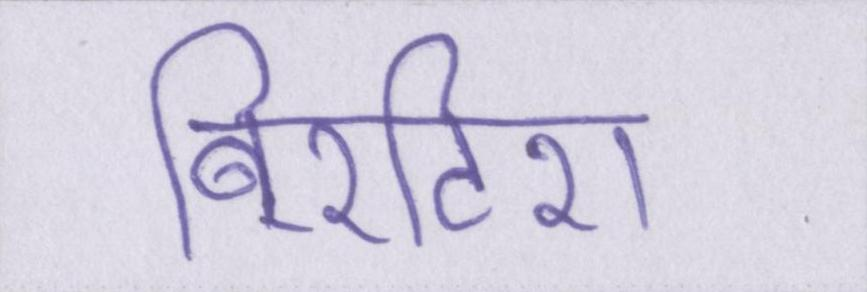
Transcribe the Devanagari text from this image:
बि्रटिश